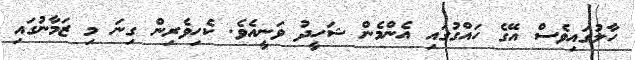
ހާލުގައިވެސް އޭގެ ހައްގުގައި އެންމެން ޝަހީދު ވަނީއެވެ. ކެހިވެރިން ގިނަ މި ޒަމާނުގައި